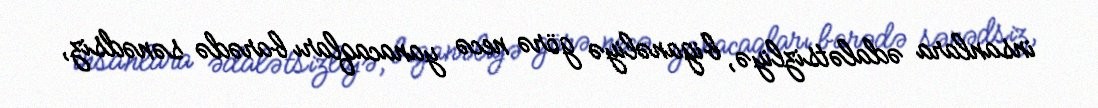
insanlara ədalətsizliyə, biganəliyə görə necə yanacaqları barədə sənədsiz,